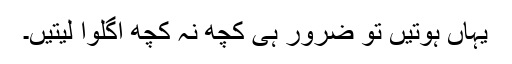
یہاں ہوتیں تو ضرور ہی کچھ نہ کچھ اگلوا لیتیں۔